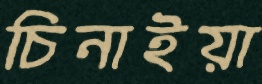
চিনাইয়া